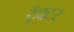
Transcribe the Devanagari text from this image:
ट्रॅक्‍टर